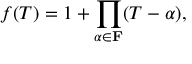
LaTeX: f ( T ) = 1 + \prod _ { \alpha \in \mathbf { F } } ( T - \alpha ) ,